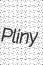
Pliny